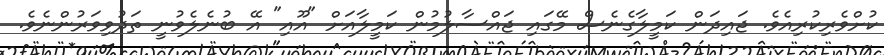
ކުށްވެރިކުރިއެވެ. ޖައިދަން ކަމީލާގެނެސް މޭގައި ޖައްސާލުމުން ކަމީލާއަށް "އޫއި" އޭ ބުނެލެވުނީ ތަދުވިވަރުންނެވެ.